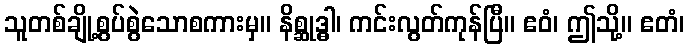
သူတစ်ချို့စွပ်စွဲသောစကားမှ။ နိစ္ဆုဒ္ဓါ၊ ကင်းလွတ်ကုန်ပြီ။ ဧဝံ၊ ဤသို့။ ဧတံ၊